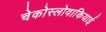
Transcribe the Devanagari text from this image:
चेकोस्लोवाकियाई